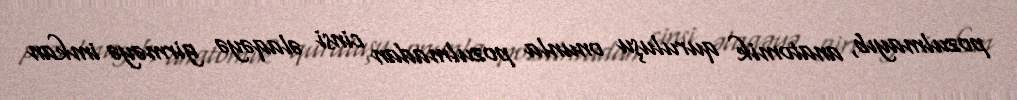
pozulmayıb, anatomik quruluşu onunla pozulmadan cinsi əlaqəyə girməyə imkan